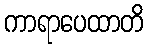
ကာရာပေထာတိ